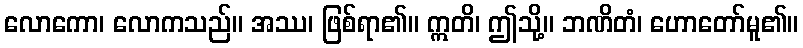
လောကော၊ လောကသည်။ အဿ၊ ဖြစ်ရာ၏။ ဣတိ၊ ဤသို့။ ဘဏိတံ၊ ဟောတော်မူ၏။